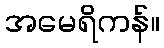
အမေရိကန်။